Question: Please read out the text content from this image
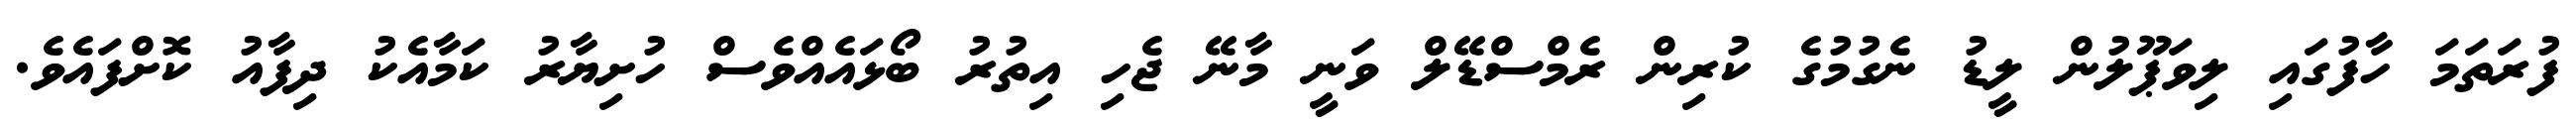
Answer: ފުރަތަމަ ހާފުގައި ލިވަޕޫލުން ލީޑު ނެގުމުގެ ކުރިން ރެމްސްޑޭލް ވަނީ މާނޭ ޖެހި އިތުރު ބޯޅައެއްވެސް ހުށިޔާރު ކަމާއެކު ދިފާއު ކޮށްފައެވެ.